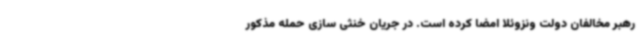
رهبر مخالفان دولت ونزوئلا امضا کرده است. در جریان خنثی سازی حمله مذکور